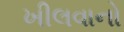
ખીલવાનો